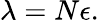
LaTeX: \mathbf{\lambda}=N\mathbf{\epsilon}.